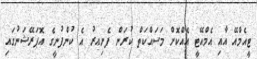
ޓީއެމްއޭ އާއިި އެމްއޭޓީީ އެއްކޮށް މަސައްކަތް ކުރަން ފެށިއރު އެ ކުންފުނީގެ އޮޕަރޭޝަނުގައި